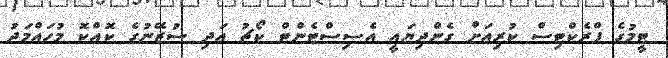
ޓީމުގެ ޕްރެކްޓިސް ކުރިއަށް ގެންދިޔައީ އެސިސްޓެންޓް ކޯޗު އަދި ސުޒޭނުގެ ކޮއްކޮ މުހައްމަދު